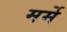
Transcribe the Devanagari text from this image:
मर्मे